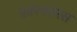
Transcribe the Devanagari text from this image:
फ़ांस्फ़ोरस